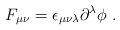
LaTeX: \begin{align*} F_{\mu\nu}=\epsilon_{\mu\nu\lambda}\partial^\lambda\phi~.\end{align*}